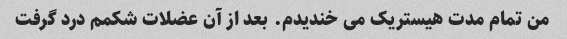
من تمام مدت هیستریک می خندیدم. بعد از آن عضلات شکمم درد گرفت